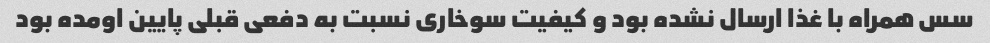
سس همراه با غذا ارسال نشده بود و کیفیت سوخاری نسبت به دفعی قبلی پایین اومده بود